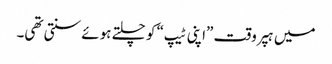
میں ہپر وقت ”اپنی ٹیپ“ کو چلتے ہوئے سنتی تھی۔